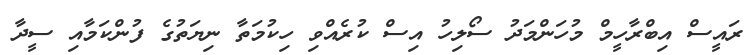
ރައީސް އިބްރާހީމް މުހަންމަދު ސޯލިހު އިސް ކުރެއްވި ހިކުމަތާ ނިޔަތުގެ ފުންކަމާއި ސީދާ